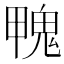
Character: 𩲣